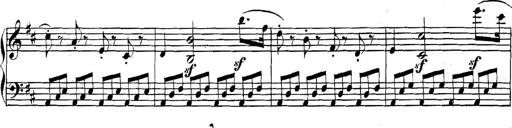
Title: Collected Piano Sonatas
Composer: Muzio Clementi